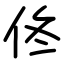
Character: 佟